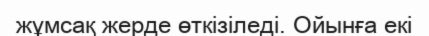
жұмсақ жерде өткізіледі. Ойынға екі